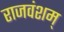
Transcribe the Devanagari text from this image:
राजवंशम्